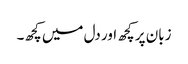
زبان پر کچھ اور دل میں کچھ۔